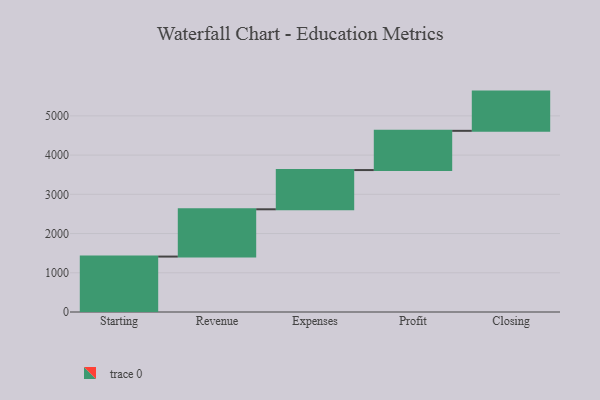
{"axis": {"x": "Step", "y": "Value"}, "legend": [""], "data": [{"x": "Starting", "y": 1413.0, "type": ""}, {"x": "Revenue", "y": 1205.0, "type": ""}, {"x": "Expenses", "y": 1000, "type": ""}, {"x": "Profit", "y": 1000, "type": ""}, {"x": "Closing", "y": 1000, "type": ""}]}